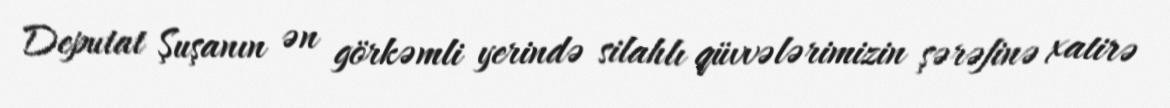
Deputat Şuşanın ən görkəmli yerində silahlı qüvvələrimizin şərəfinə xatirə